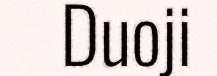
Duoji